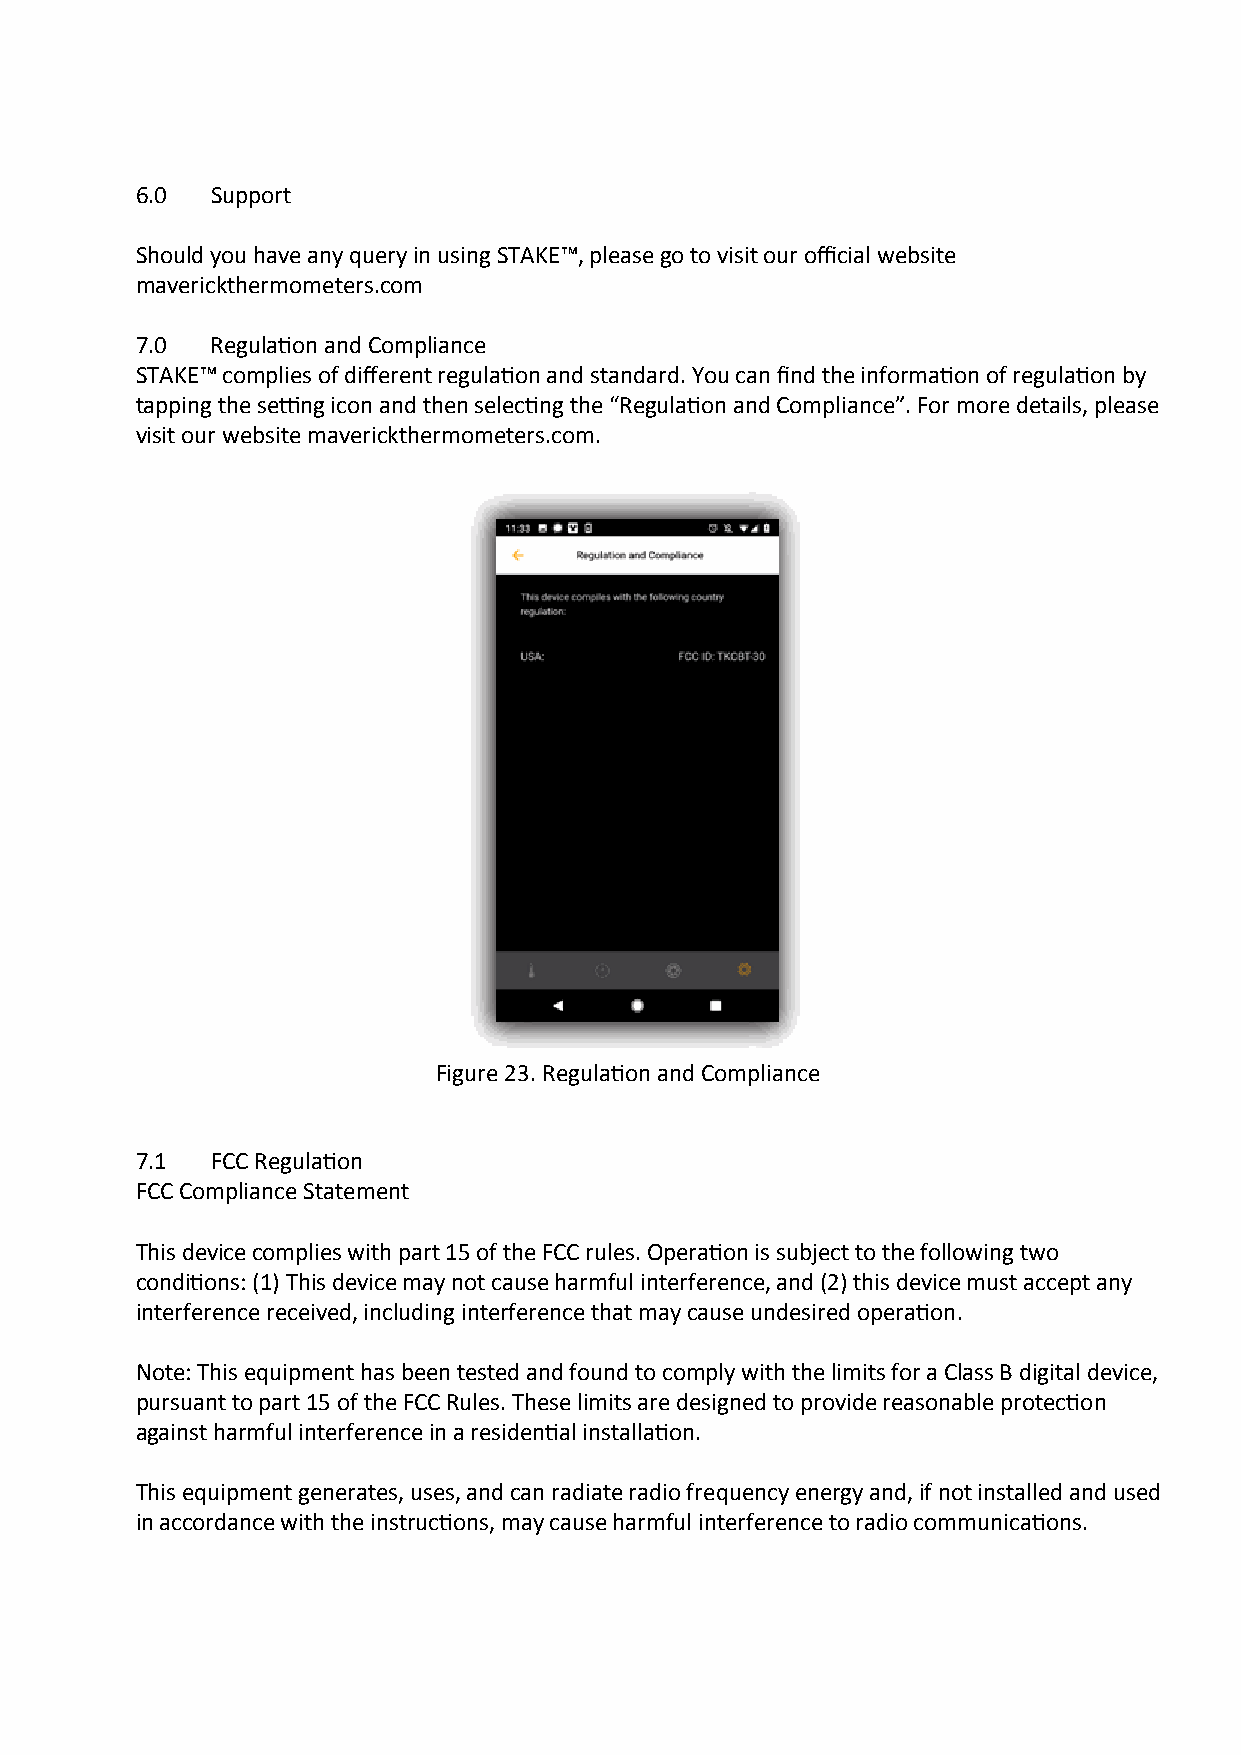
6.0  Support
 Should you have any query in using STAKE™, please go to visit our official website
 maverickthermometers.com
 7.0  Regulation and Compliance
 STAKE™ complies of different regulation and standard. You can find the information of regulation by
 tapping the setting icon and then selecting the “Regulation and Compliance”. For more details, please
 visit our website maverickthermometers.com.
 Figure 23. Regulation and Compliance
 7.1  FCC Regulation
 FCC Compliance Statement
 This device complies with part 15 of the FCC rules. Operation is subject to the following two
 conditions: (1) This device may not cause harmful interference, and (2) this device must accept any
 interference received, including interference that may cause undesired operation.
 Note: This equipment has been tested and found to comply with the limits for a Class B digital device,
 pursuant to part 15 of the FCC Rules. These limits are designed to provide reasonable protection
 against harmful interference in a residential installation.
 This equipment generates, uses, and can radiate radio frequency energy and, if not installed and used
 in accordance with the instructions, may cause harmful interference to radio communications.